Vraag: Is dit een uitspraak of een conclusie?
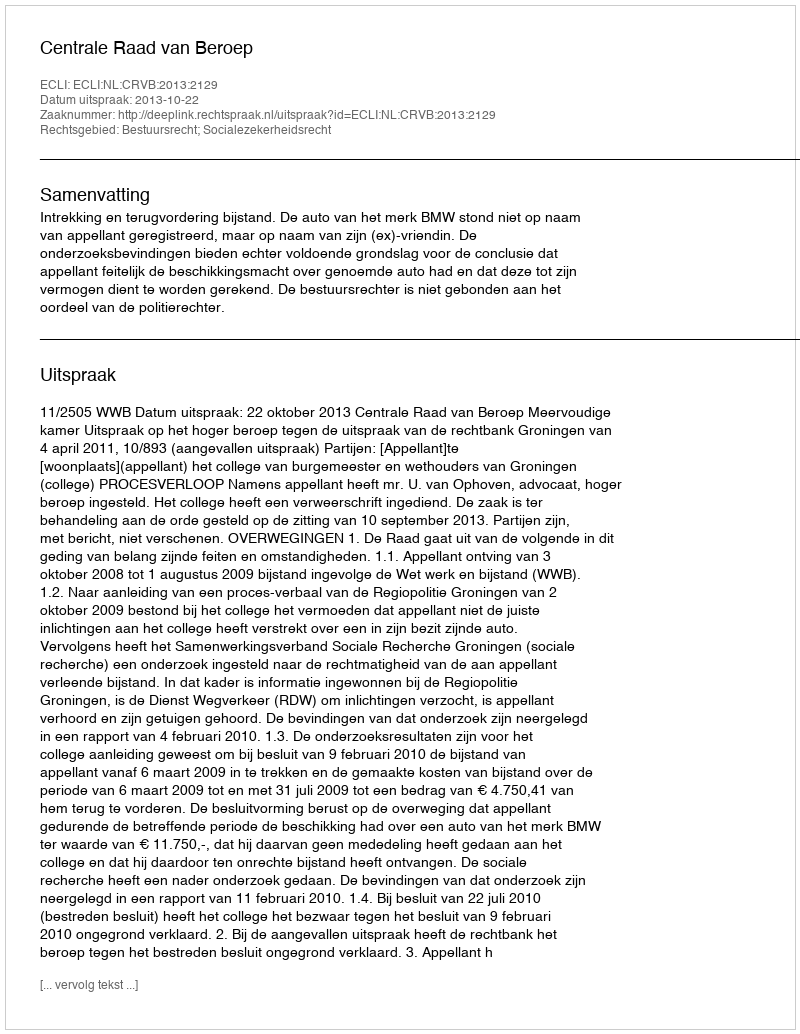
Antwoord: Uitspraak